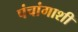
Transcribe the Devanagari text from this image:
पंचांगाशी